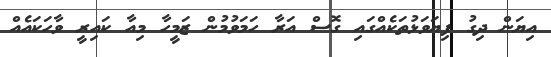
އިޔަން ދިގު ފިޔަވަޅުތަކެއްގައި ގޮސް އަރާ ހަމަވުމުން ޒަމީހާ މިއާ ކައިރީ ވާހަކައެއް